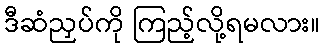
ဒီဆံညှပ်ကို ကြည့်လို့ရမလား။